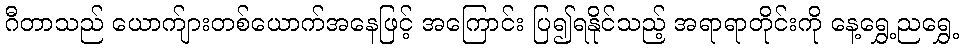
ဂီတာသည် ယောက်ျားတစ်ယောက်အနေဖြင့် အကြောင်း ပြ၍ရနိုင်သည့် အရာရာတိုင်းကို နေ့ရွှေ့ညရွှေ့